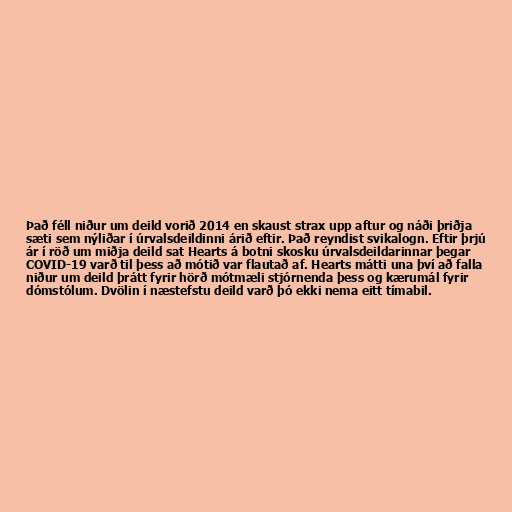
Það féll niður um deild vorið 2014 en skaust strax upp aftur og náði þriðja
sæti sem nýliðar í úrvalsdeildinni árið eftir. Það reyndist svikalogn. Eftir þrjú
ár í röð um miðja deild sat Hearts á botni skosku úrvalsdeildarinnar þegar
COVID-19 varð til þess að mótið var flautað af. Hearts mátti una því að falla
niður um deild þrátt fyrir hörð mótmæli stjórnenda þess og kærumál fyrir
dómstólum. Dvölin í næstefstu deild varð þó ekki nema eitt tímabil.